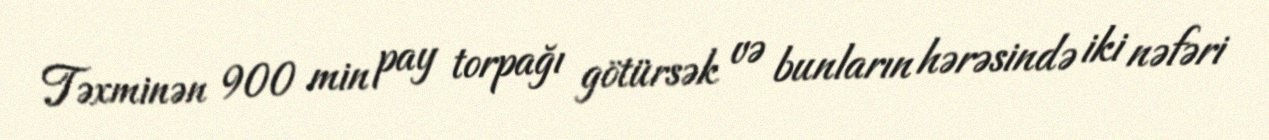
Təxminən 900 min pay torpağı götürsək və bunların hərəsində iki nəfəri